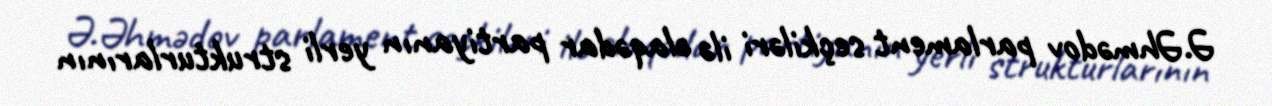
Ə.Əhmədov parlament seçkiləri ilə əlaqədar partiyanın yerli strukturlarının